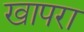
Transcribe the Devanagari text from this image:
खापरा